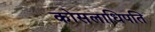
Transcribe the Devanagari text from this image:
कोसलाधिपति